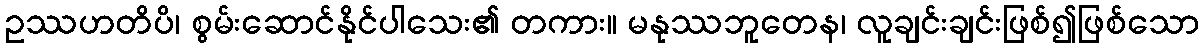
ဥဿဟတိပိ၊ စွမ်းဆောင်နိုင်ပါသေး၏ တကား။ မနုဿဘူတေန၊ လူချင်းချင်းဖြစ်၍ဖြစ်သော